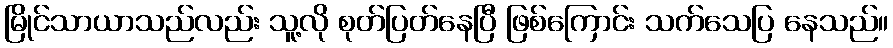
မြိုင်သာယာသည်လည်း သူ့လို စုတ်ပြတ်နေပြီ ဖြစ်ကြောင်း သက်သေပြ နေသည်။